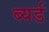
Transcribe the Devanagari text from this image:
ब्यर्ड